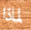
لماذا